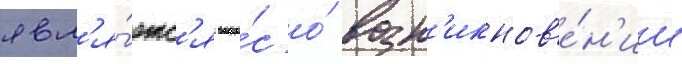
явл'я́етс'я вопро́с о́ возн'икнов'е́н'ии